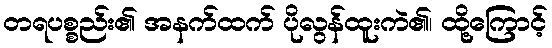
တရပစ္စည်း၏ အနက်ထက် ပိုလွန်ထူးကဲ၏၊ ထို့ကြောင့်